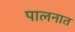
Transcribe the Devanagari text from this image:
पालनात